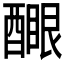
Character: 𨢻